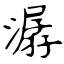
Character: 潺